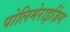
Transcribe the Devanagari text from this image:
पोलिमेराइज़िंग